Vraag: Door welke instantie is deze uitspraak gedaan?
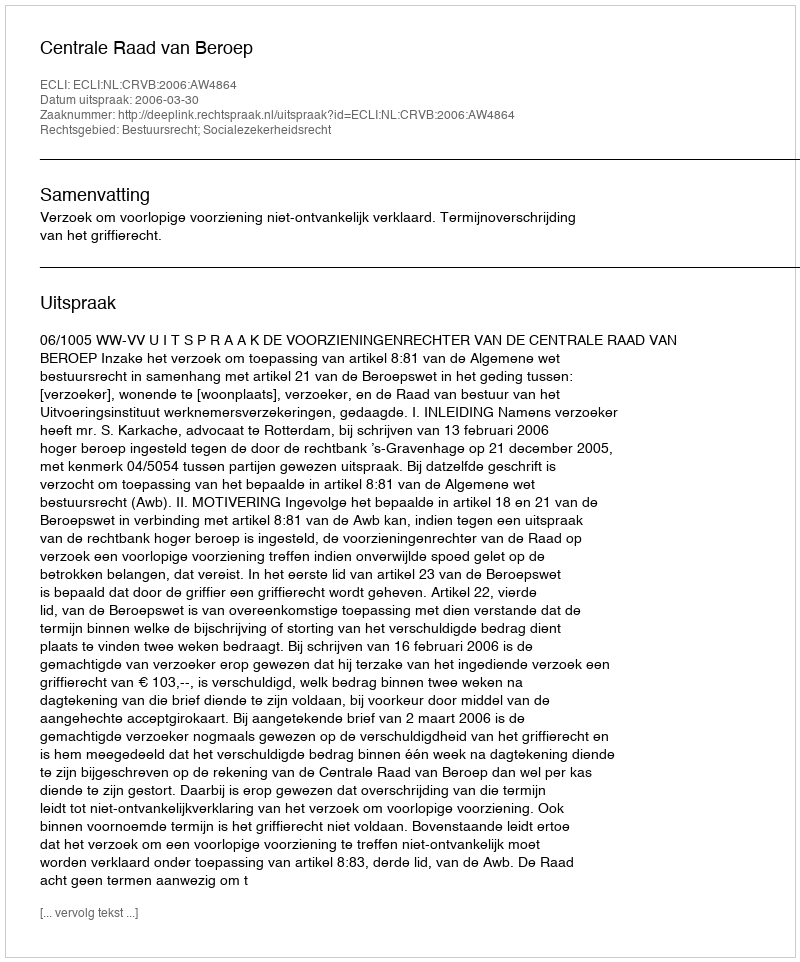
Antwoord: Centrale Raad van Beroep